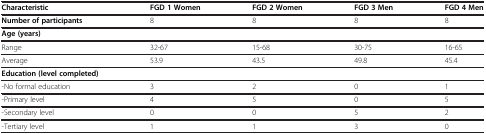
| Characteristic | FGD 1 Women | FGD 2 Women | FGD 3 Men | FGD 4 Men |
 | --- | --- | --- | --- | --- |
 | Number of participants | 8 | 8 | 8 | 8 |
 | Age (years) |  |  |  |  |
 | Range | 32-67 | 15-68 | 30-75 | 16-65 |
 | Average | 53.9 | 43.5 | 49.8 | 45.4 |
 | Education (level completed) |  |  |  |  |
 | -No formal education | 3 | 2 | 0 | 1 |
 | -Primary level | 4 | 5 | 0 | 5 |
 | -Secondary level | 0 | 0 | 5 | 2 |
 | -Tertiary level | 1 | 1 | 3 | 0 |